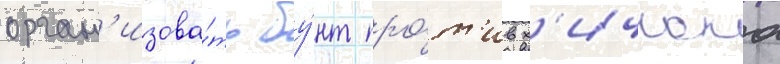
орган'изова́ть бу́нт про́т'ив х'ичкока